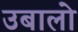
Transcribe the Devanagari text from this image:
उबालो